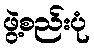
ဖွဲ့စည်းပုံ